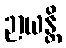
ဉာယန္တိ